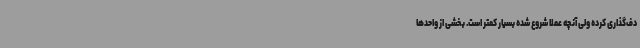
دف‌گذاری کرده ولی آنچه عملاً شروع شده بسیار کمتر است. بخشی از واحدها